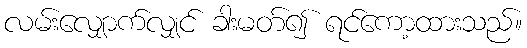
လမ်းလျှောက်လျှင် ခါးမတ်၍ ရင်ကော့ထားသည်။